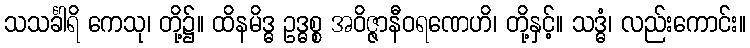
သသင်္ခါရိ ကေသု၊ တို့၌။ ထိနမိဒ္ဓ ဥဒ္ဓစ္စ အဝိဇ္ဇာနီဝရဏေဟိ၊ တို့နှင့်။ သဒ္ဓံ၊ လည်းကောင်း။